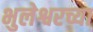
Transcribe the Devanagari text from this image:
भुलेश्वरच्या